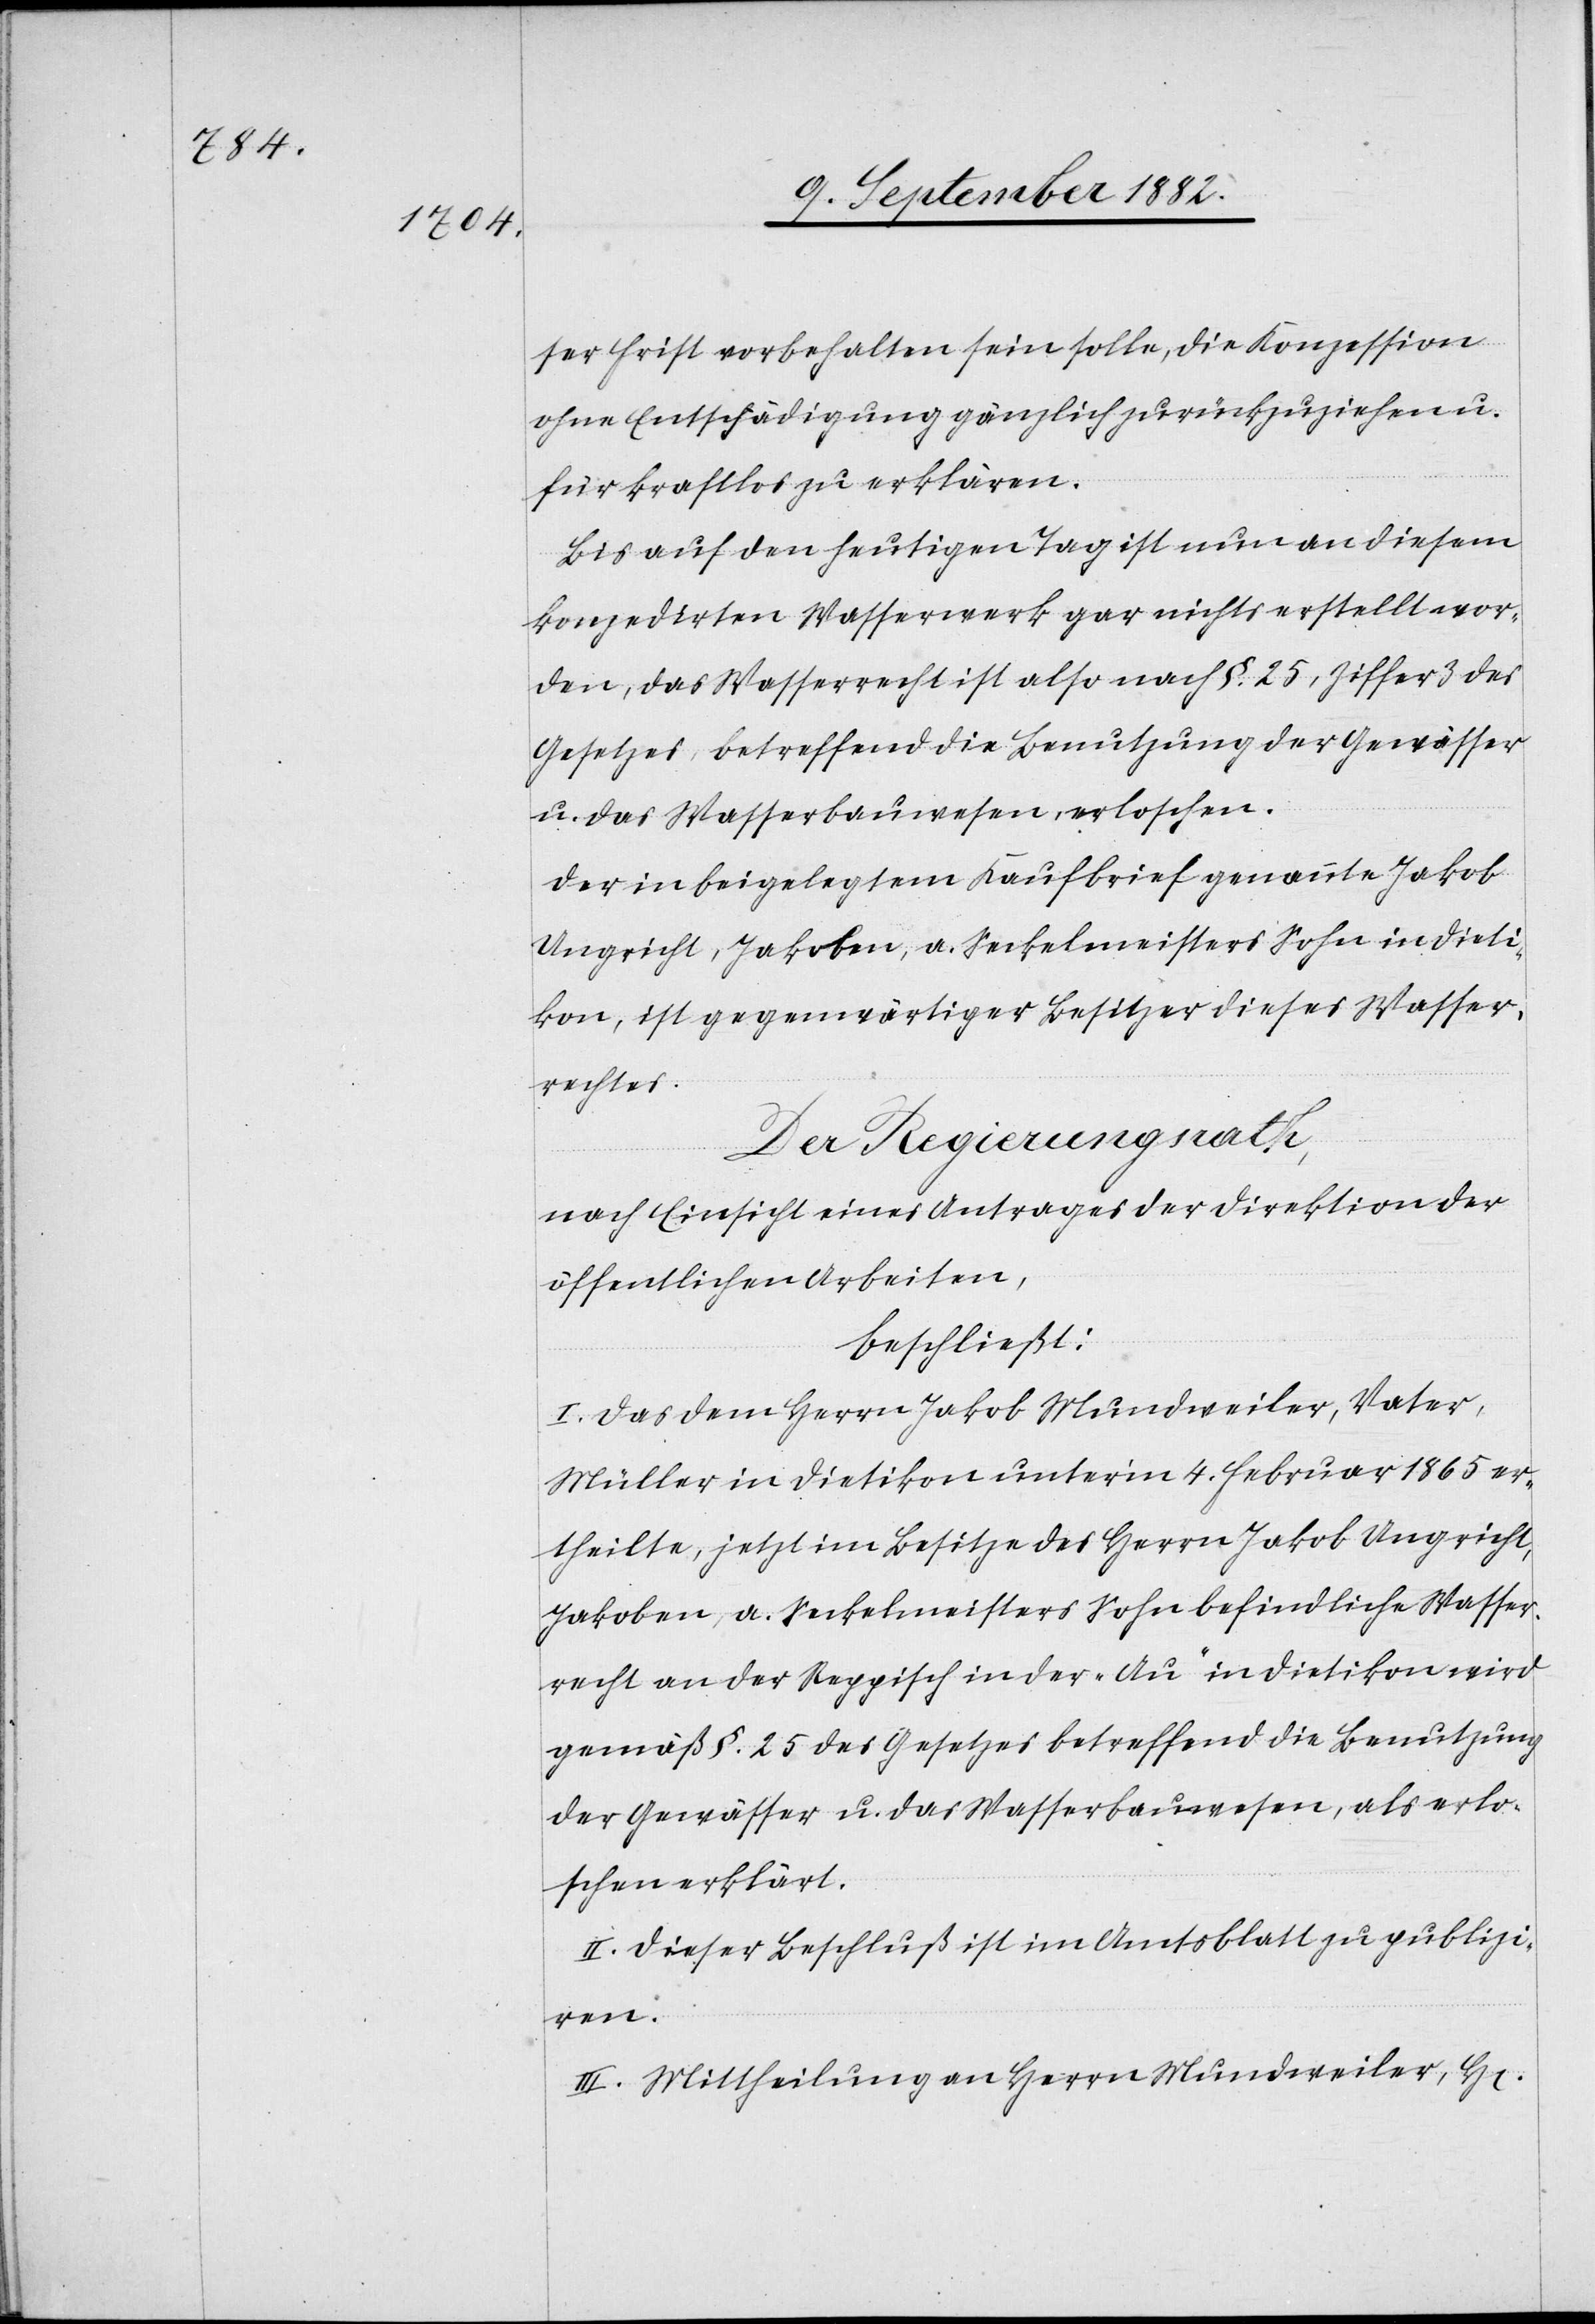
ser Frist vorbehalten sein solle, die Konzession
ohne Entschädigung gänzlich zurückzuziehen u.
für kraftlos zu erklären.
Bis auf den heutigen Tag ist nun an diesem
konzedirten Wasserwerk gar nichts erstellt wor¬
den, das Wasserrecht ist also nach §. 25, Ziffer 3 des
Gesetzes, betreffend die Benutzung der Gewässer
u. das Wasserbauwesen, erloschen.
Der in beigelegtem Kaufbrief genannte Jakob
Ungricht, Jakoben, a. Seckelmeisters Sohn in Dieti¬
kon, ist gegenwärtiger Besitzer dieses Wasser¬
rechtes.
Der Regierungsrath,
nach Einsicht eines Antrages der Direktion der
öffentlichen Arbeiten,
beschließt:
I. Das dem Herrn Jakob Mundweiler, Vater,
Müller in Dietikon unter’m 4. Februar 1865 er¬
theilte, jetzt im Besitze des Herrn Jakob Ungericht,
Jakoben, a. Seckelmeisters Sohn befindliche Wasser¬
recht an der Reppisch in der „Au“ in Dietikon wird
gemäß §. 25 des Gesetzes betreffend die Benutzung
der Gewässer u. das Wasserbauwesen, als erlo¬
schen erklärt.
II. Dieser Beschluß ist im Amtsblatt zu publizi¬
ren.
III. Mittheilung an Herrn Mundweiler, H[en]